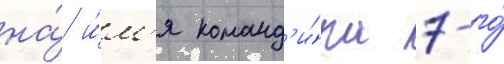
на́ и́м'я команд'и́ра 7-го́